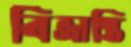
বিভ্রান্তি